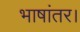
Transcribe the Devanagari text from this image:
भाषांतर।